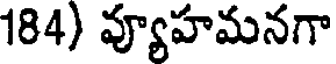
184) వ్యూహమనగా